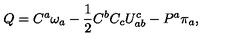
Q = C ^ { a } \omega _ { a } - { \frac { 1 } { 2 } } C ^ { b } C _ { c } U _ { a b } ^ { c } - P ^ { a } \pi _ { a } ,